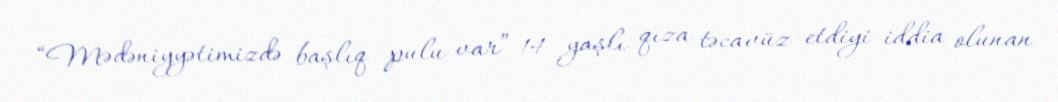
“Mədəniyyətimizdə başlıq pulu var” 14 yaşlı qıza təcavüz etdiyi iddia olunan